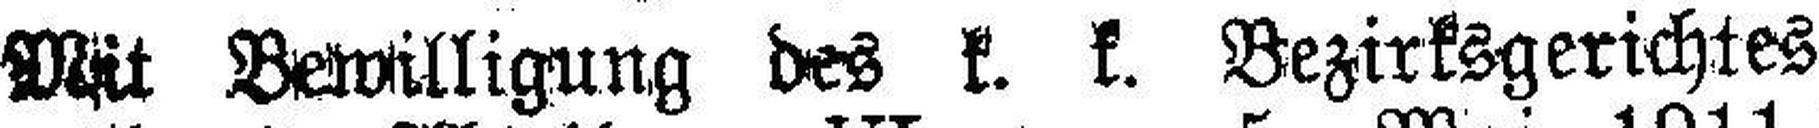
Mit Bewilligung des k. k. Bezirksgerichtes